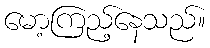
မော့ကြည့်နေသည်။